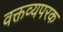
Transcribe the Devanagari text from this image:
वक्तव्यपरक